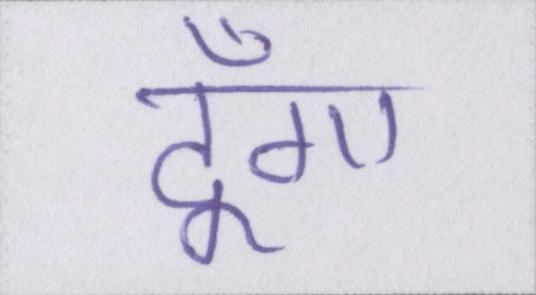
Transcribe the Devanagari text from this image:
दूँगा